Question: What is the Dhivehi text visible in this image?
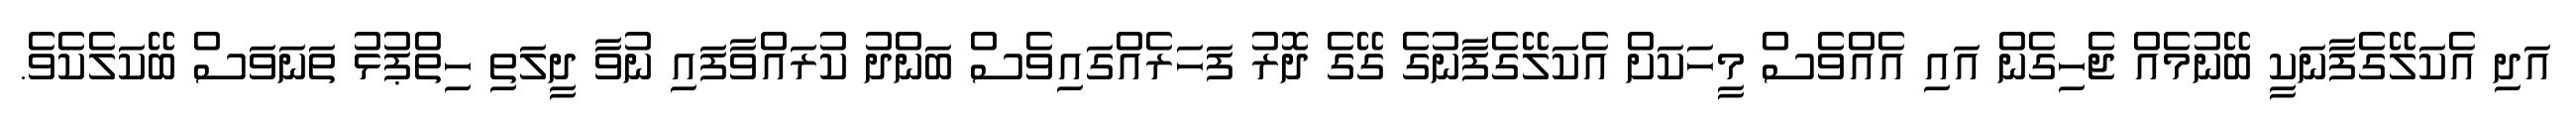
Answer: އަދި އެކަލޭގެފާނަކީ ބޭނުމެއް ޖެހިގެން އައި އެއްވެސް މީހަކަށް އެކަލޭގެފާނުގެ ގޭގެ ދޮރު ފަހަރެއްގައިވެސް ބަންދު ކުރައްވާފައި ނުވާ ދީލަތި ހިތްޕުޅު ތަނަވަސް ބޭކަލެކެވެ.